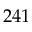
2 4 1